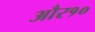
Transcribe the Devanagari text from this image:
और१०